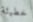
خطيئة